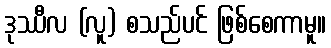
ဒုဿီလ (လူ) စသည်ပင် ဖြစ်စေကာမူ။